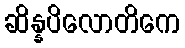
ဆိန္နပိလောတိကေ